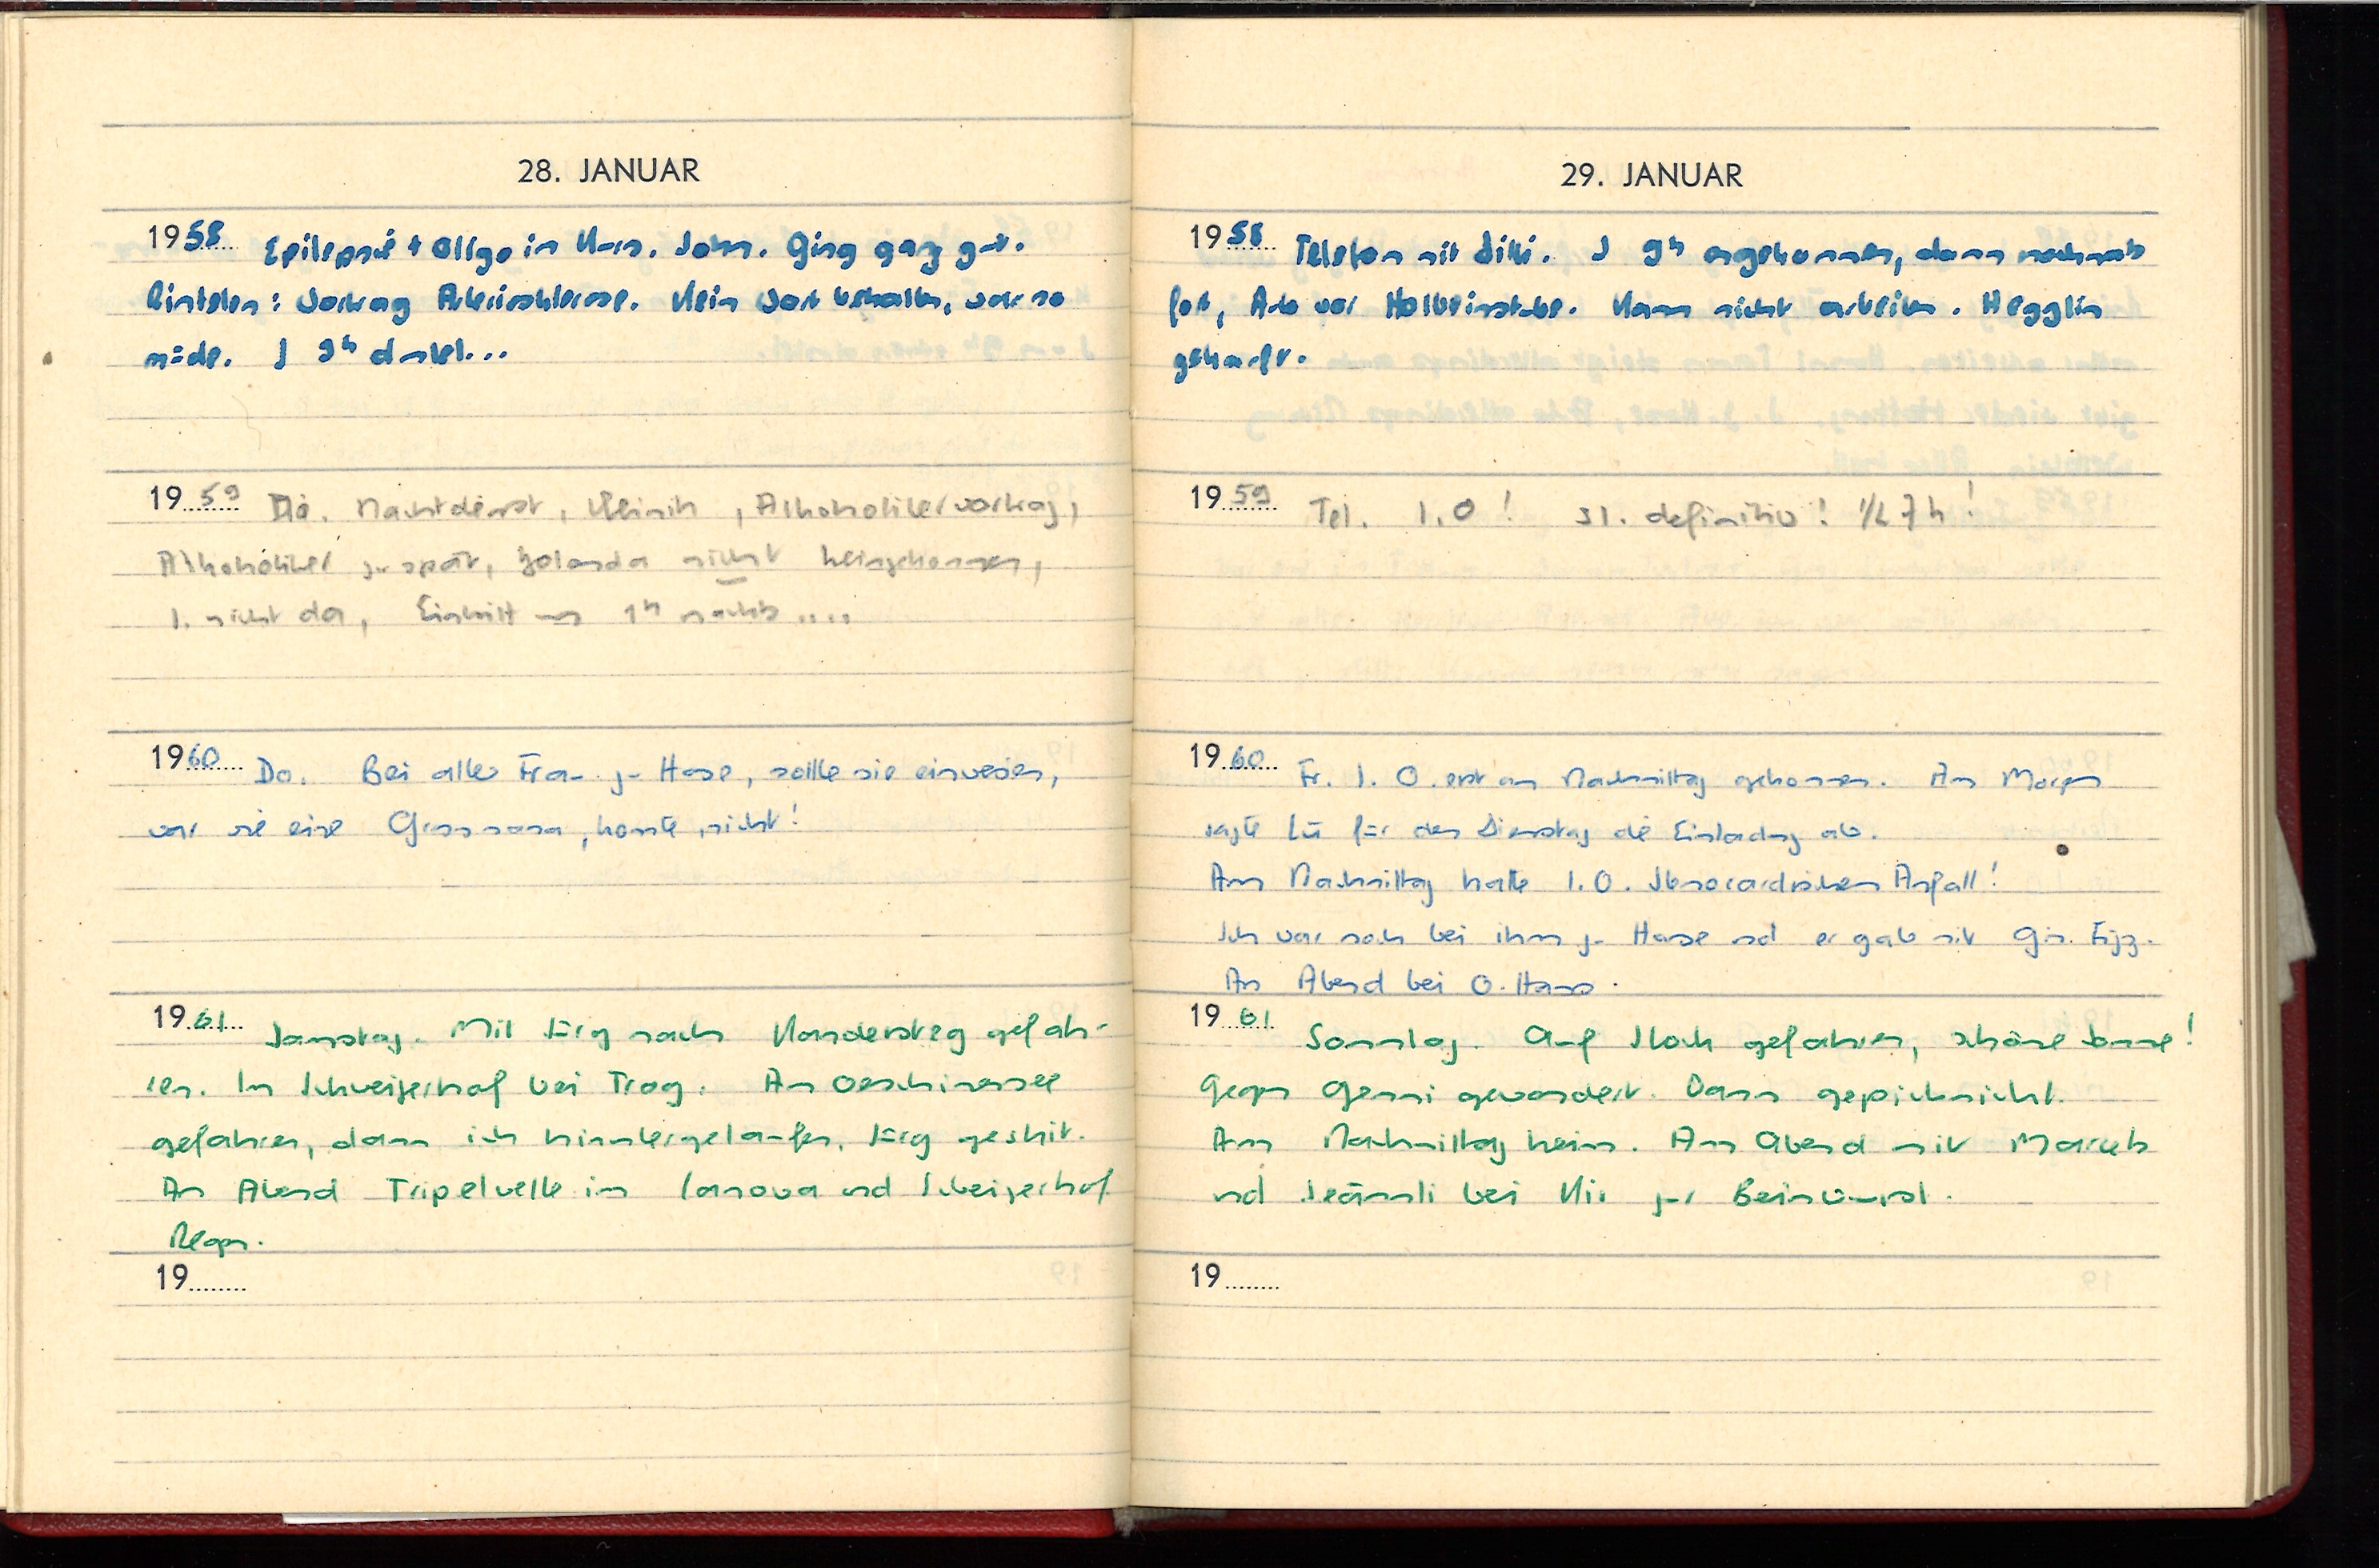
28. JANUAR
1958 Zeilessie t ollgo in Knn. Sohn. Ging gaz zu.
Bintelen: Wortrag Arleriosklerose. Kein Wort behalbe, war so
nöde. I 30 dantel...
1952 Di. Nachtdenst, Klinih, Arhoholilel vortag)
Alhohölikel zu spät, Zolanda nicht heingekommen,
I. nicht da, Einhitt um 1h nucht u...
1960 Da. Bei aller Frau. zu Hase, sollle sie einweisen,
war sie eine Grssnona, konte, nicht:
1961 Samstag. Mit Jürg nach Kandersteg gefahr
ren. In Schweizerhaf bei Trog. Am Geschinensee
gefahren, dann ich hinntergelaufen, Jürg geshit.
Am Abend Tripelvelle im Tanova und Iiheizerhof
Regen.
19

29. JANUAR
1958 Peleton mit Dilli. J 94 angekonmen, dann mochmats
fot, Ado vor Holbeinstabe. Kamn nicht arbeites. Weggein
gehacft.
1959 Tei. I.O! 31. definitiv! 12 9h
1960 Fr. J. O. erst am Nachmittag gekommen. Am Morgen
sagte fü für den Dienstag die Einladung als
Am Nachmittag hatte I.O. Abnorardischen Anfall!
Ich war noch bei ihm zu Hause und er gab mit gu. Eizz.
Am Abend bei O. Hamos
1961 Sonntag. Auf Ntock gefahren, schöne Sonme
Jegen Genmi gewandert. Dann gepichnicht
Am Nachmittag keim. Amn Abend mit Mariels
und Teämmli bei Kir zur Beimtrmst.
19